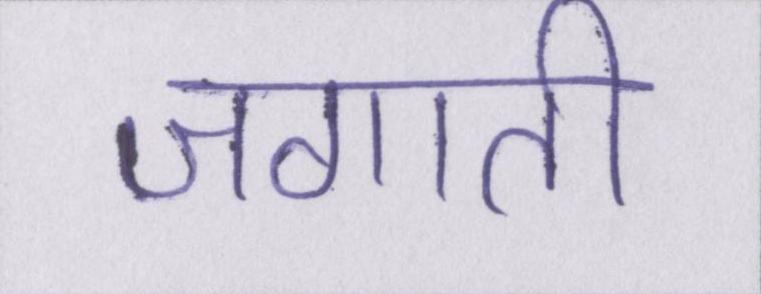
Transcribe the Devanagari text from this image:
जगाती